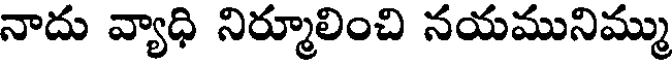
నాదు వ్యాధి నిర్మూలించి నయమునిమ్ము